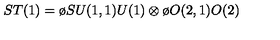
S T ( 1 ) = { \o { S U ( 1 , 1 ) } { U ( 1 ) } } \otimes { \o { O ( 2 , 1 ) } { O ( 2 ) } }